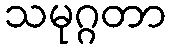
သမုဂ္ဂတာ